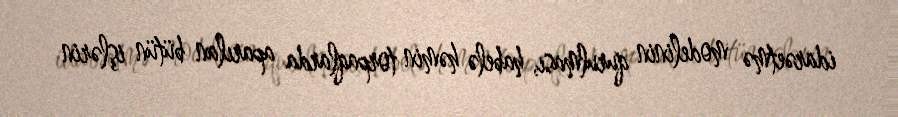
idarəetmə modelinin qurulması, habelə həmin torpaqlarda aparılan bütün işlərin